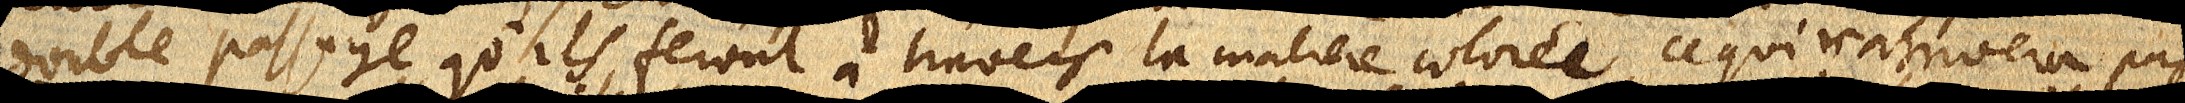
double passage qu’ils feront à travers la matiere colorée, ce qui n’arrivera pas